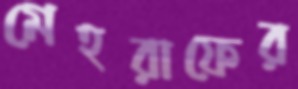
মেহরাফের